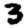
Digit: 3